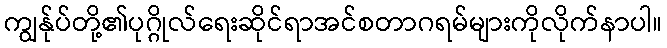
ကျွန်ုပ်တို့၏ပုဂ္ဂိုလ်ရေးဆိုင်ရာအင်စတာဂရမ်များကိုလိုက်နာပါ။